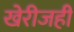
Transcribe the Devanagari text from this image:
खेरीजही